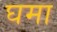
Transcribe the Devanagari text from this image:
घमा